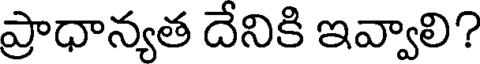
ప్రాధాన్యత దేనికి ఇవ్వాలి?